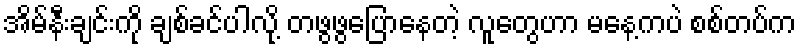
အိမ်နီးချင်းကို ချစ်ခင်ပါလို့ တဖွဖွပြောနေတဲ့ လူတွေဟာ မနေ့ကပဲ စစ်တပ်က